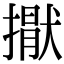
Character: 㩎